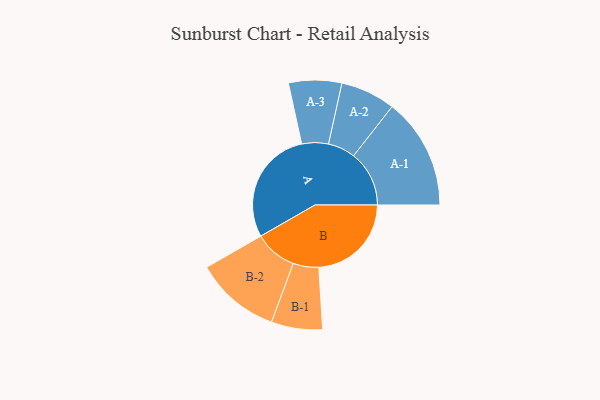
{"axis": {"x": "Segment", "y": "Value"}, "legend": ["", "A", "B"], "data": [{"x": "A", "y": 495, "type": ""}, {"x": "B", "y": 398, "type": ""}, {"x": "A-1", "y": 239, "type": "A"}, {"x": "A-2", "y": 118, "type": "A"}, {"x": "A-3", "y": 114, "type": "A"}, {"x": "B-1", "y": 110, "type": "B"}, {"x": "B-2", "y": 183, "type": "B"}]}